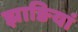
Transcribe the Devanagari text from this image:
झाङियां